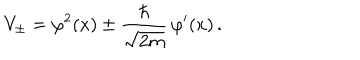
LaTeX: V _ { \pm } = \varphi ^ { 2 } ( x ) \pm \frac { \hbar } { \sqrt { 2 m } } \, \varphi ^ { \prime } ( x ) \, .